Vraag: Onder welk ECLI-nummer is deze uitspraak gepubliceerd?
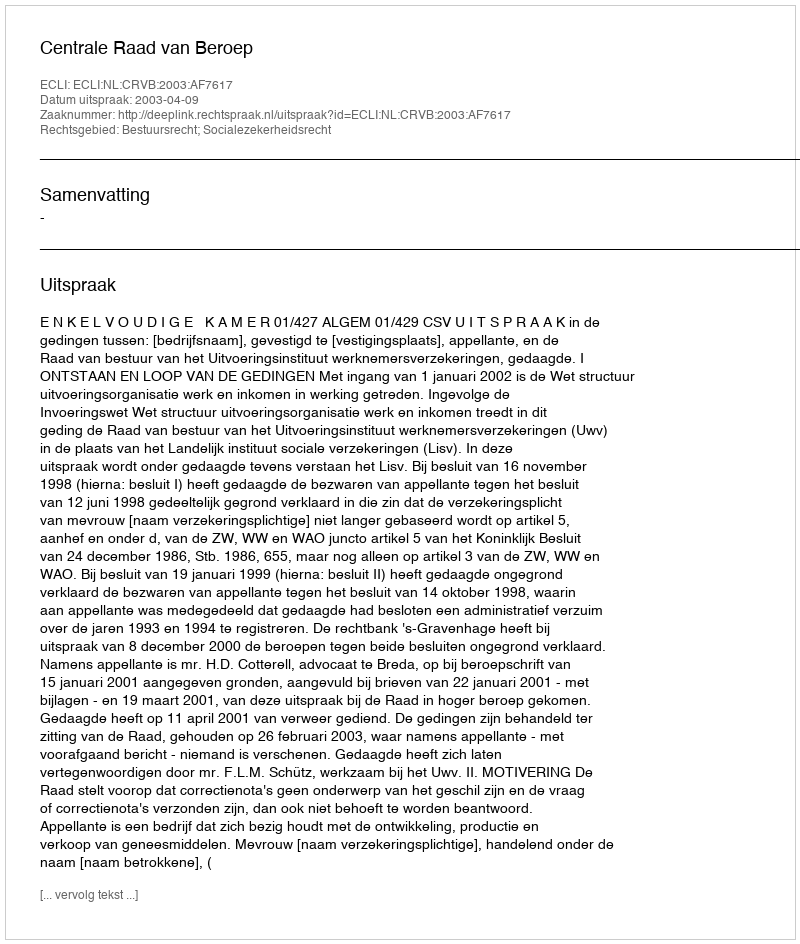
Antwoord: ECLI:NL:CRVB:2003:AF7617